Scottish Leaving Certificate Examination, 1955
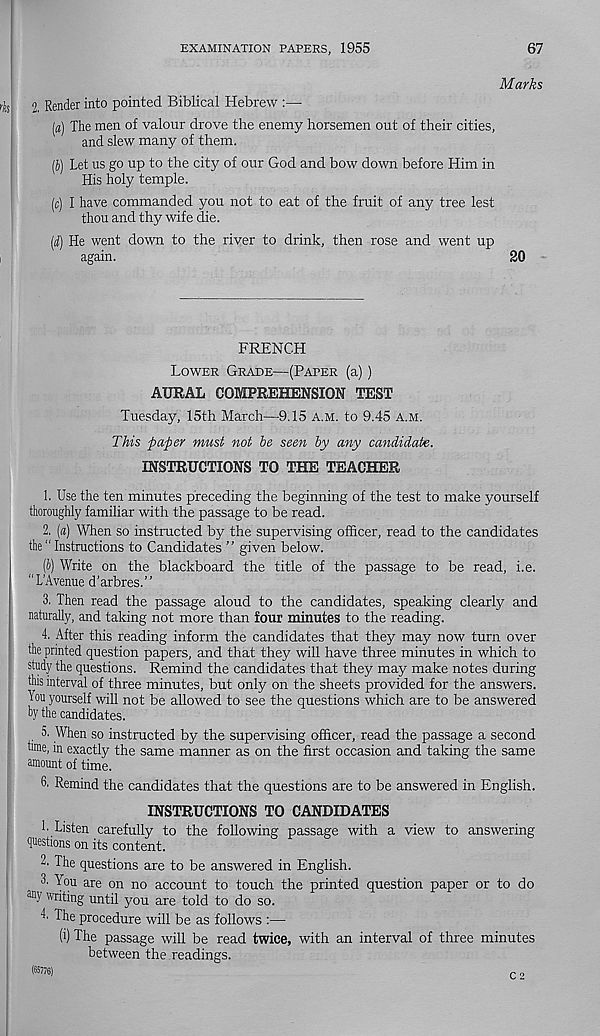
EXAMINATION PAPERS, 1955
67
Marks
2 Render into pointed Biblical Hebrew :—■
(a) The men of valour drove the enemy horsemen out of their cities,
and slew many of them.
(J) Let us go up to the city of our God and bow down before Him in
His holy temple.
(c) I have commanded you not to eat of the fruit of any tree lest
thou and thy wife die.
(1) He went down to the river to drink, then rose and went up
again.
20
FRENCH
Lower Grade—(Paper (a))
AURAL COMPREHENSION TEST
Tuesday, 15th March—9.15 a.m. to 9.45 a.m.
This paper must not he seen by any candidate.
INSTRUCTIONS TO THE TEACHER
1. Use the ten minutes preceding the beginning of the test to make yourself
thoroughly familiar with the passage to be read.
2. (a) When so instructed by the supervising officer, read to the candidates
the “ Instractions to Candidates ” given below.
[b) Write on the blackboard the title of the passage to be read, i.e.
11 L’Avenue d’arbres.”
3. Then read the passage aloud to the candidates, speaking clearly and
naturally, and taking not more than four minutes to the reading.
4. After this reading inform the candidates that they may now turn over
the printed question papers, and that they will have three minutes in which to
study the questions. Remind the candidates that they may make notes during
this interval of three minutes, but only on the sheets provided for the answers.
You yourself will not be allowed to see the questions which are to be answered
oy the candidates.
5. When so instructed by the supervising officer, read the passage a second
hme, in exactly the same manner as on the first occasion and taking the same
amount of time.
6. Remind the candidates that the questions are to be answered in English.
INSTRUCTIONS TO CANDIDATES
1- Listen carefully to the following passage with a view to answering
questions on its content.
“■ The questions are to be answered in English.
3. You are on no account to touch the printed question paper or to do
an y writing until you are told to do so.
4. The procedure will be as follows :—
(i) The passage will be read twice, with an interval of three minutes
between the readings.
(65776)
C 2